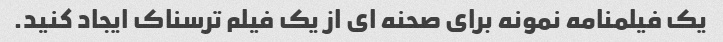
یک فیلمنامه نمونه برای صحنه ای از یک فیلم ترسناک ایجاد کنید.